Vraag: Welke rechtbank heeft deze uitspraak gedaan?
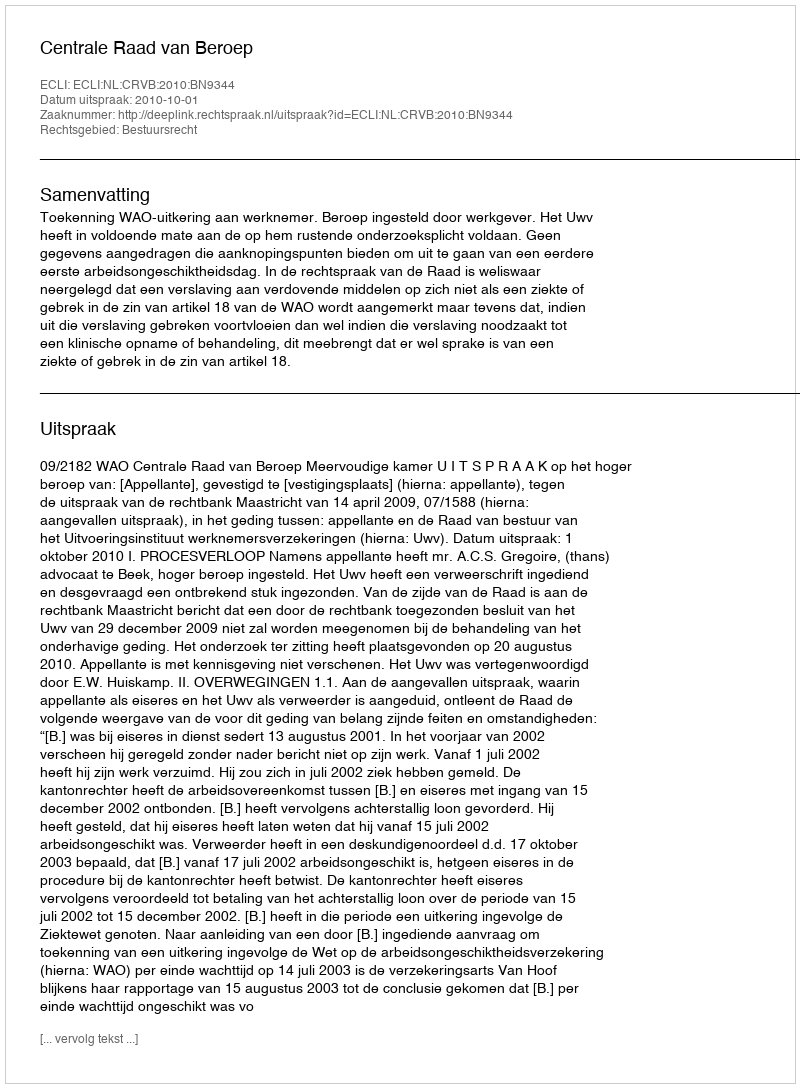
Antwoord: Centrale Raad van Beroep